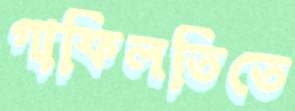
গাফিলতিতে